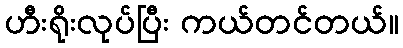
ဟီးရိုးလုပ်ပြီး ကယ်တင်တယ်။